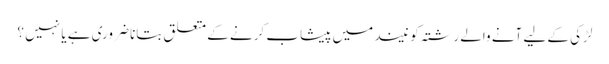
لڑکی کے لیے آنے والے رشتہ کو نیند میں پیشاب کرنے کے متعلق بتانا ضروری ہے یا نہیں ؟